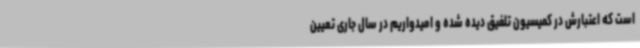
است که اعتبارش در کمیسیون تلفیق دیده شده و امیدواریم در سال جاری تعیین